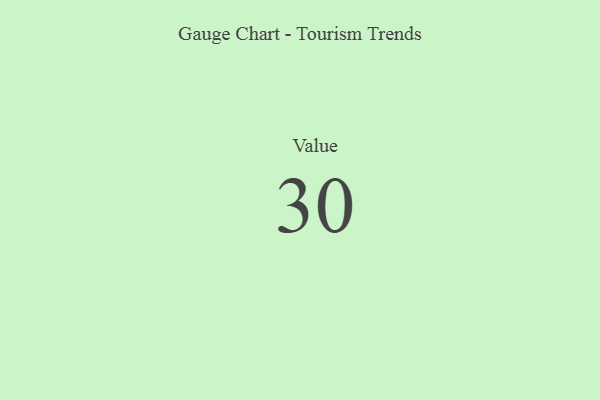
{"axis": {"x": "Metric", "y": "Value"}, "legend": [""], "data": [{"x": "Value", "y": 30, "type": ""}]}